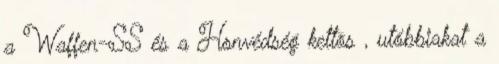
a Waffen-SS és a Honvédség kettõs , utóbbiakat a